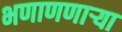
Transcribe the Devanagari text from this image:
भणाणणार्‍या